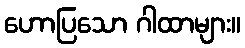
ဟောပြသော ဂါထာများ။